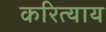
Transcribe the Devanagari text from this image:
करित्याय